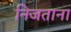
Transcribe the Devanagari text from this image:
निजताना